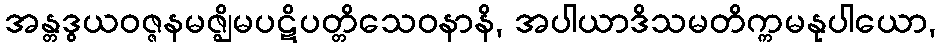
အန္တဒွယဝဇ္ဇနမဇ္ဈိမပဋိပတ္တိသေဝနာနိ, အပါယာဒိသမတိက္ကမနုပါယော,